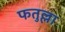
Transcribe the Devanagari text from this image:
फतुल्ला